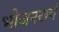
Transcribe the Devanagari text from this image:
भोजनखर्च